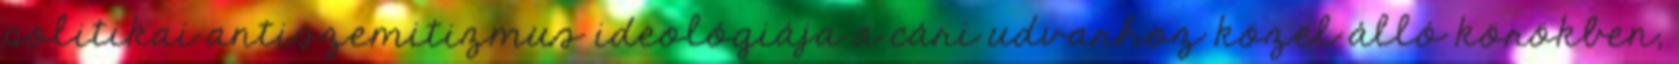
politikai antiszemitizmus ideológiája a cári udvarhoz közel álló körökben,